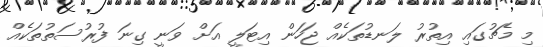
މި މެޗުގައި އިތުރު ލަނޑުތަކެއް ޖަހަން އިޓަލީ އަށް ވަނީ ގިނަ ފުރުސަތުތަކެއް